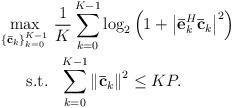
LaTeX: \begin{align*} \begin{aligned} \mathop {\max }\limits_{\{ {\bf{\bar c}}_k\} _{k = 0}^{K - 1} } & \ \frac{1}{K}\sum\limits_{k = 0}^{K - 1} {\log _2}\left( {1 + {{\left| {\bf{\bar e}}_k^H{{\bf{\bar c}}_k}\right|}^2}} \right) \\ {\rm{s.t.}} &\ \ \sum\limits_{k = 0}^{K - 1} {{{\left\| {{\bf{\bar c}}_k} \right\|}^2}} \le KP. \end{aligned} \end{align*}